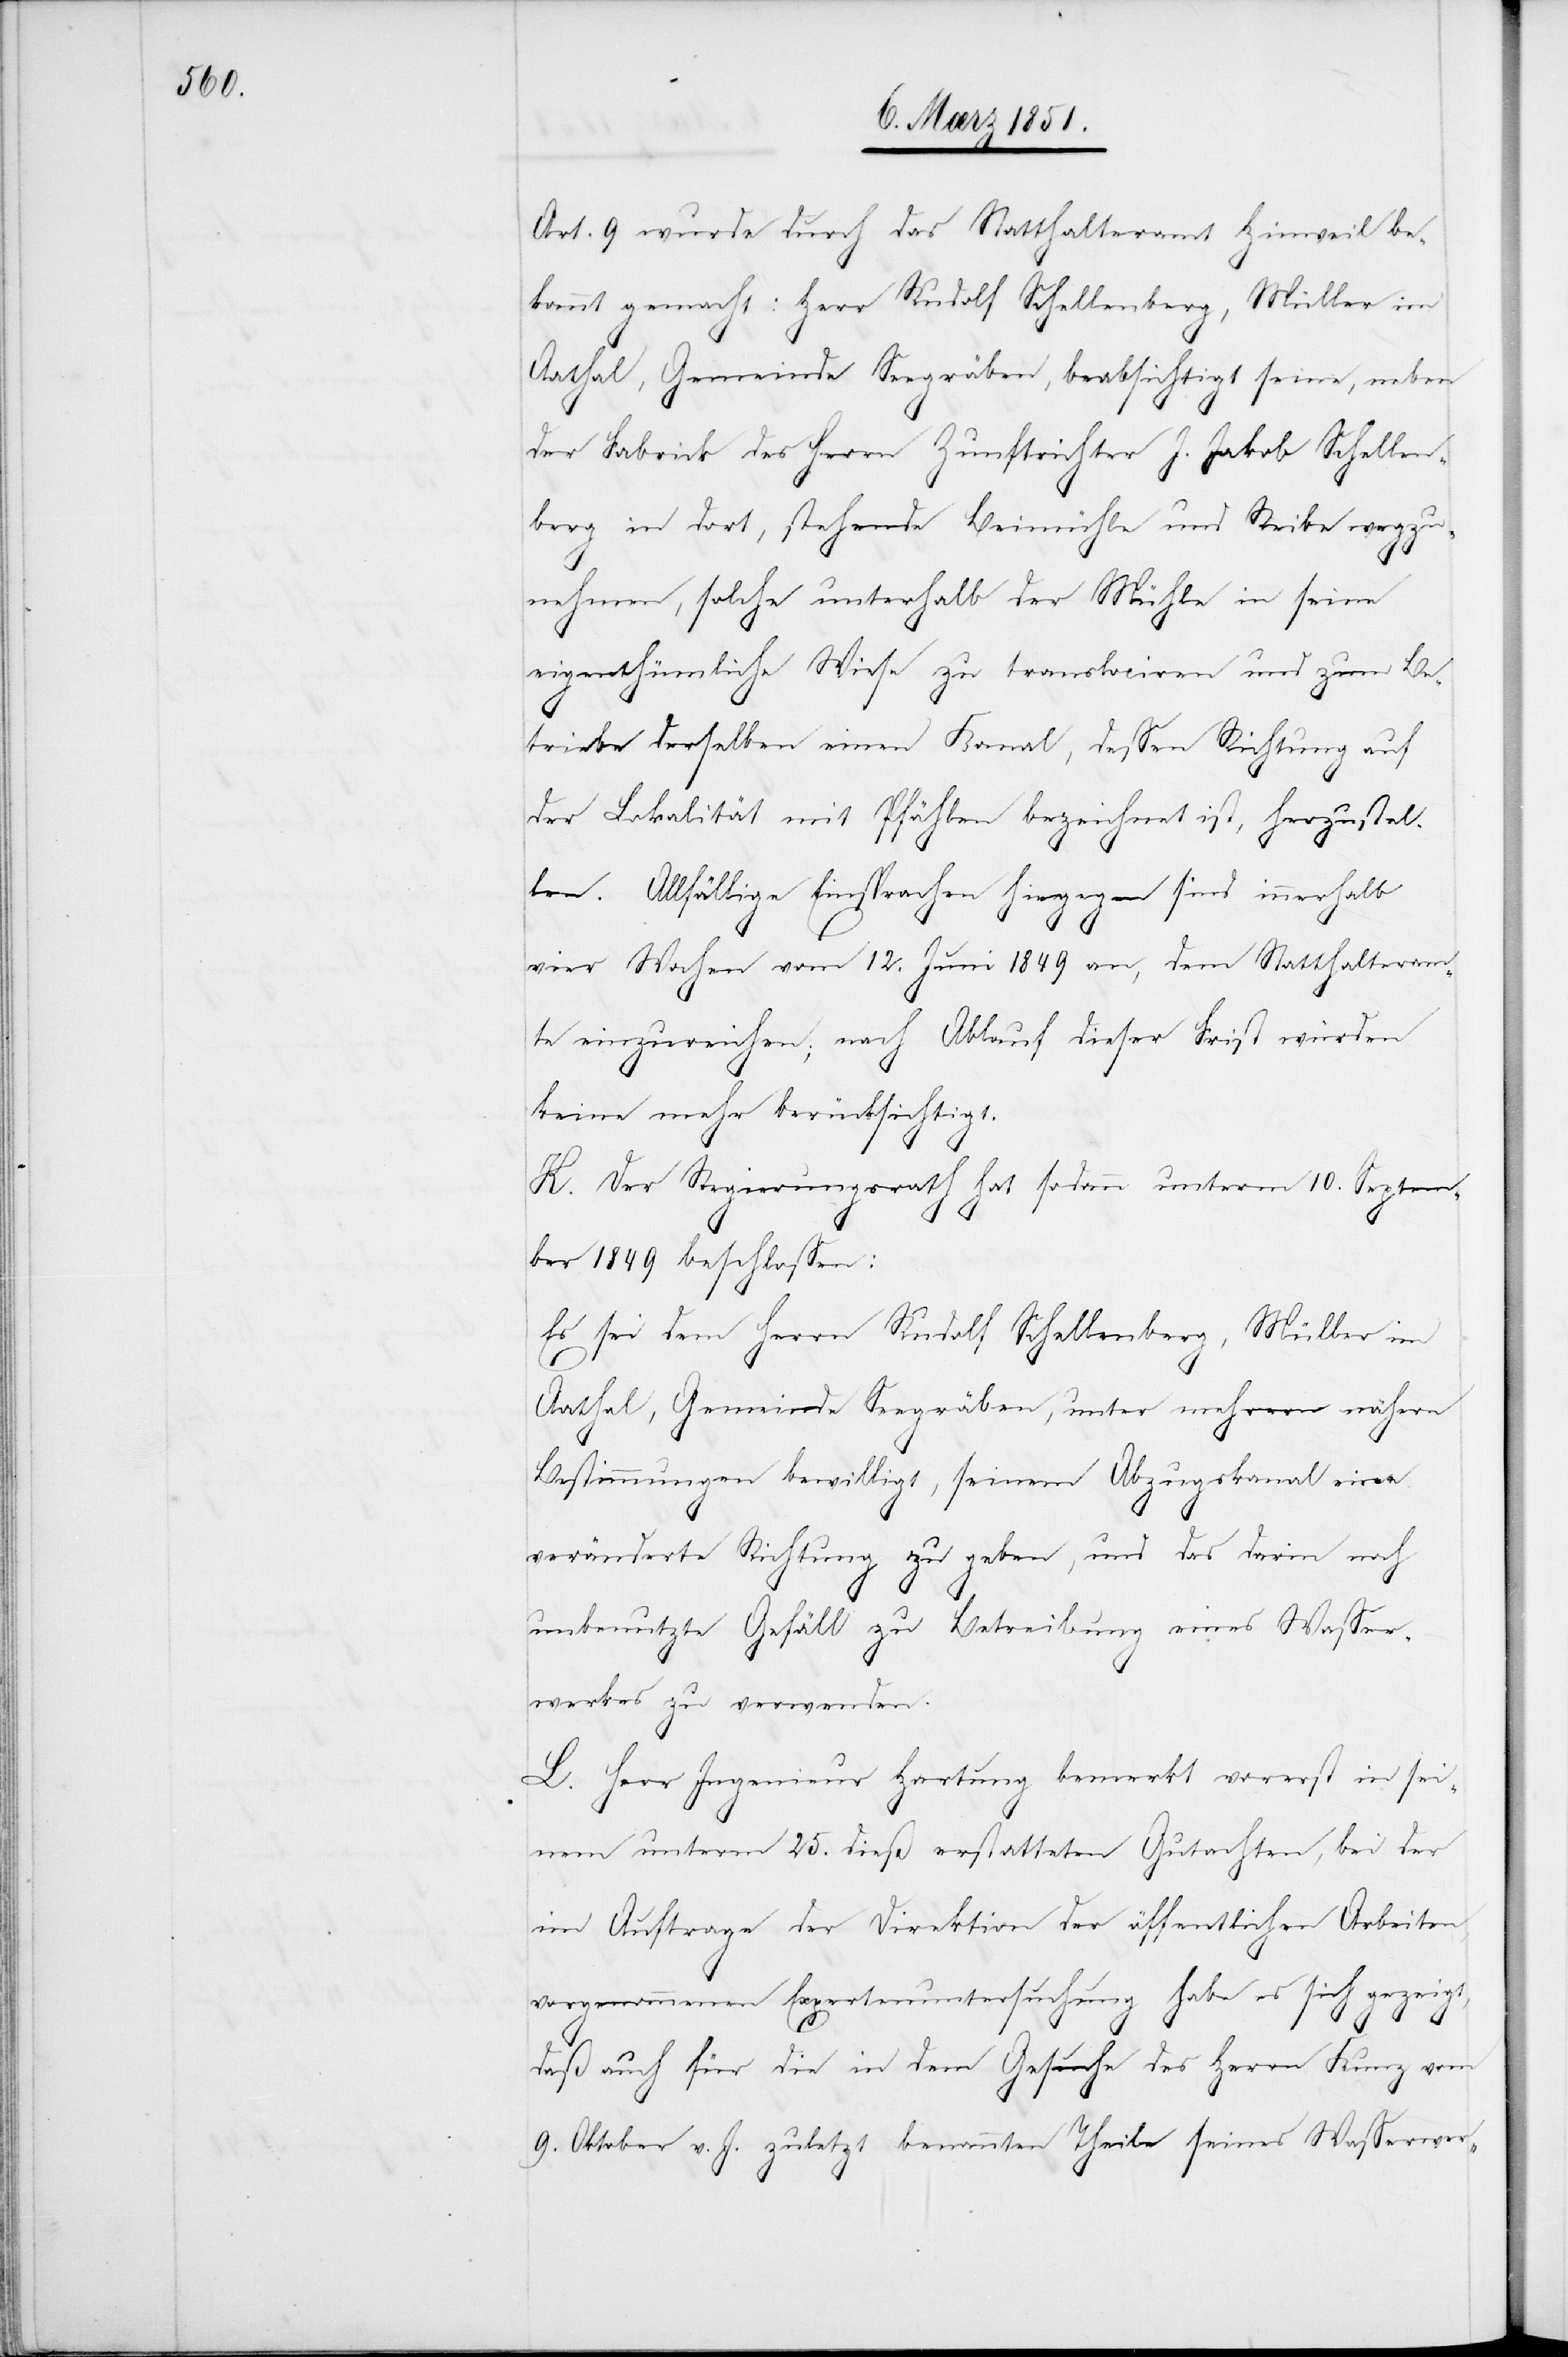
Art. 9 wurde durch das Statthalteramt Hinweil be¬
kannt gemacht: Herr Rudolf Schellenberg, Müller im
Aathal, Gemeinde Seegräben, beabsichtigt seine, neben
der Fabrick des Herrn Zunftrichter J. Jakob Schellen¬
berg in dort, stehende Beimühle und Reibe wegzu¬
nehmen, solche unterhalb der Mühle in seine
eigenthümliche Wiese zu translociren und zum Be¬
triebe derselben einen Kanal, dessen Richtung auf
der Lokalität mit Pfählen bezeichnet ist, herzustel¬
len. Allfällige Einsprachen hiegegen sind innerhalb
vier Wochen vom 12. Juni 1849 an, dem Statthalteram¬
te einzureichen; nach Ablauf dieser Frist würden
keine mehr berücksichtigt.
K. Der Regierungsrath hat sodann unterm 10. Septem¬
ber 1849 beschlossen:
Es sei dem Herrn Rudolf Schellenberg, Müller im
Aathal, Gemeinde Seegräben, unter mehrern nähern
Bestimmungen bewilligt, seinem Abzugskanal eine
veränderte Richtung zu geben, und das darin noch
unbenutzte Gefäll zu Betreibung eines Wasser¬
werkes zu verwenden.
L. Herr Ingenieur Hartung bemerkt vorerst in sei¬
nem unterm 25. dieß erstatteten Gutachten, bei der
im Auftrage der Direktion der öffentlichen Arbeiten,
vorgenommenen Expertenuntersuchung habe es sich gezeigt,
daß auch für die in dem Gesuche des Herrn Kunz vom
9. Oktober v. J. zuletzt benannten Theile seines Wasserwer-